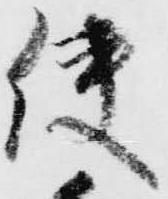
使